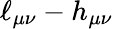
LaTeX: \ell_{\mu\nu}-h_{\mu\nu}